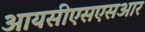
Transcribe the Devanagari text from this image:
आयसीएसएसआर